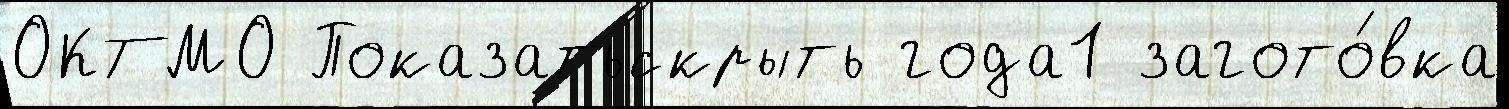
ОКТМО Показатьскрыть года1 загото́вка